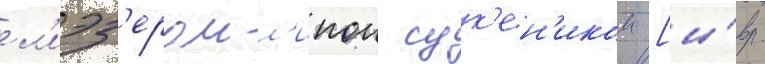
ел'иэз'ером л'ипои сук'ен'иком [и́вр.